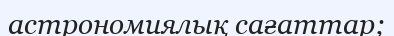
астрономиялық сағаттар;